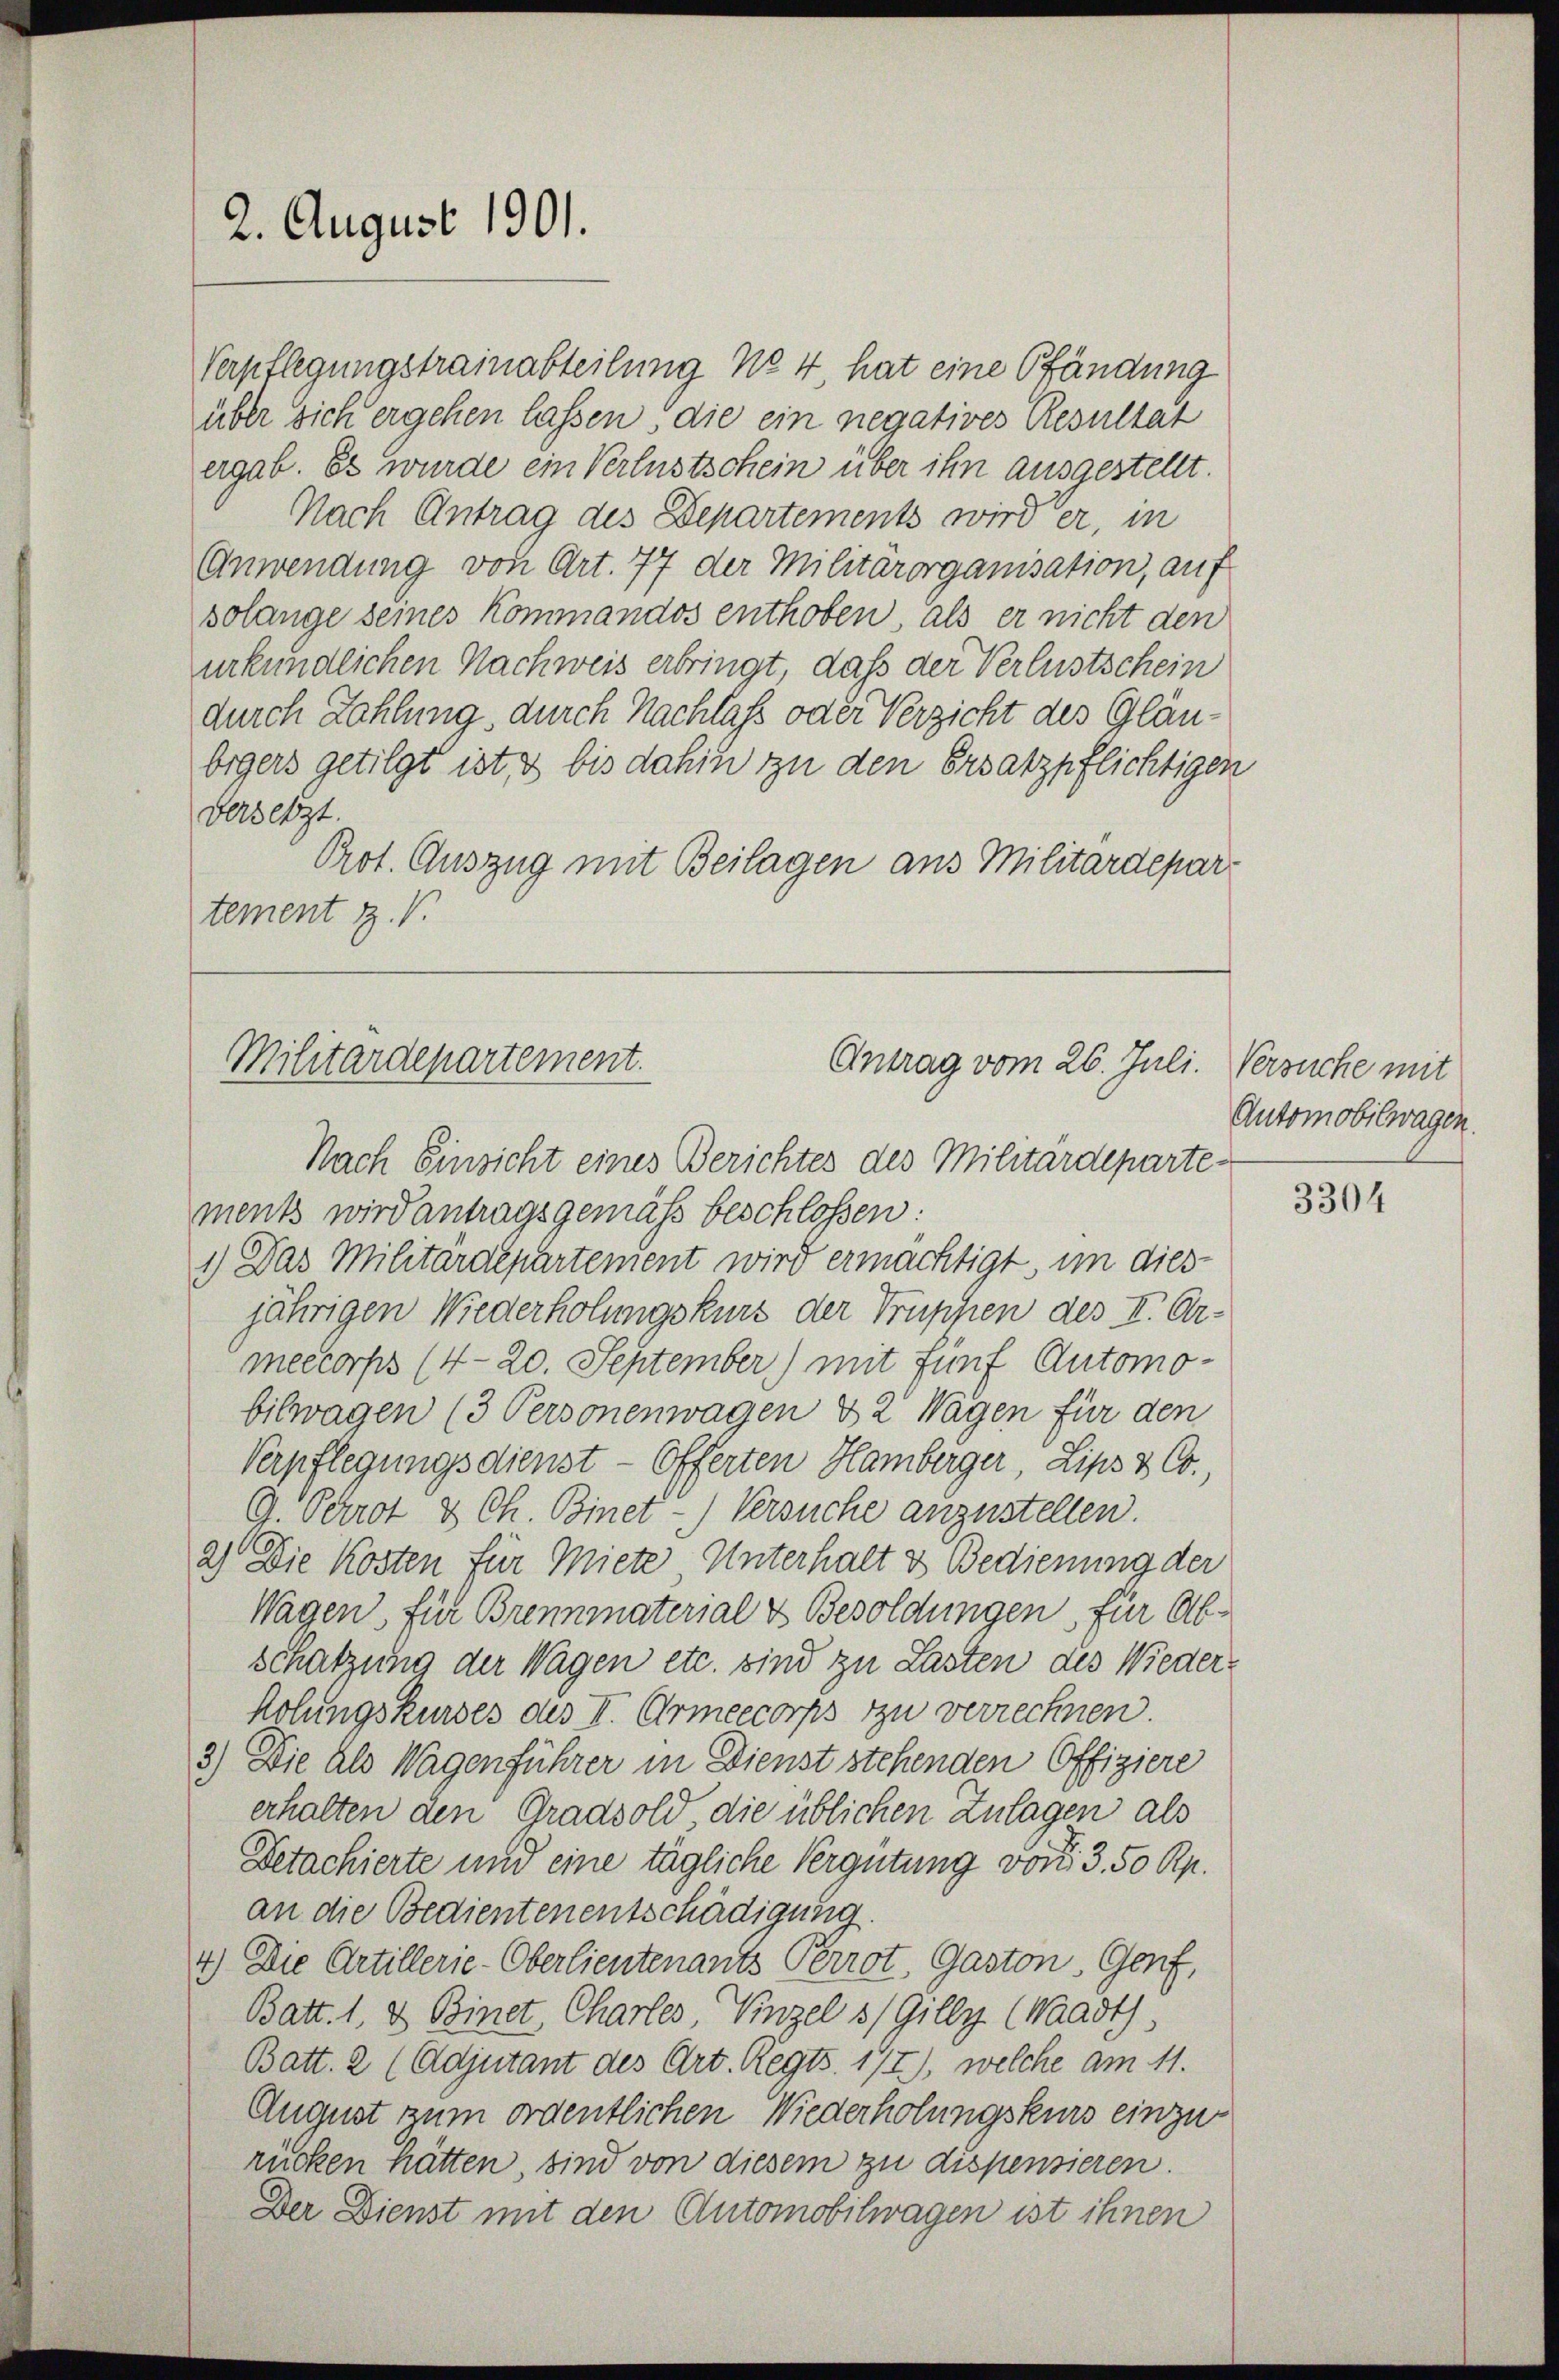
2. August 1901.

Verpflegungstrainabteilung No 4 hat eine Pfändung
über sich ergehen lassen, die ein negatives Resultat
ergab. Es wurde ein Verlustschein über ihn ausgestellt.
Nach Antrag des Departements wird er, in
Anwendung von Art. 77 der Militärorganisation, auf
solange seines Kommandos enthoben, als er nicht den
urkundlichen Nachweis erbringt, daß der Verlustschein
durch Zahlung, durch Nachlaß oder Verzicht des Gläubrgers getilgt ist, bis dahin zu den Ersatzpflichtigen
dersetzt.
Prot. Auszug mit Beilagen aus Militärdepar-
tement Z. V.

Militärdepartement.
Antrag vom 26. Juli. Versuche mit

Nach Einsicht eines Berichtes des Militärdeparte
ments wird antragsgemäss beschlossen:
1.) Das Militaraepartement wird ermächtigt, im dies
jährigen Wiederholungskurs der Truppen des I. Armeccorps (4-20. September) mit fünf Automobilwagen (3 Personenwagen 82 Wagen für den
Verpflegungsdienst - Offerten Hamberger, Lips & Co.
G. Perrot & Ch. Binet-) Versuche anzustellen.
2) Die Kosten für Miete Unterhalt & Bedienung der
Wagen für Brennmaterial & Besoldungen, für Ab-
schatzung der Wagen etc. sind zu Lasten des Wiederholungskurses des II. Armeecorps zu verrechnen.
3.) Die als Wagenführer in Dienst stehenden Offiziere
erhalten den Gradsold die üblichen Zulagen als
Detachierte und eine tägliche Vergütung von 3. 50 Rp.
an die Bedientenentschädigung.
4) Die Artillerie-Oberlieutenants Perrot, Gaston, Genf,
Batt. 1. & Binet, Charles, Vinzel 3/ Gilly (Waadt,
Batt. 2 (Adjutant des Art. Regts. 177), welche am 11.
August zum ordentlichen Wiederholungskurs einzu
rücken hätten, sind von diesem zu dispensieren.
Der Dienst mit den Automobilwagen ist ihnen

Automobilwagen.

3304